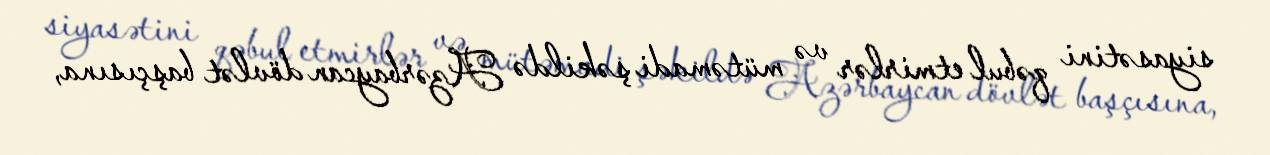
siyasətini qəbul etmirlər və mütəmadi şəkildə Azərbaycan dövlət başçısına,